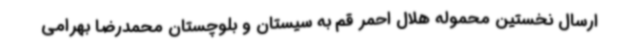
ارسال نخستین محموله هلال احمر قم به سیستان و بلوچستان محمدرضا بهرامی